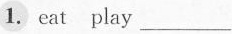
1. eat play ___